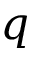
q